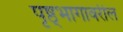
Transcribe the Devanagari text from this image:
पृष्ठ्भागावरील